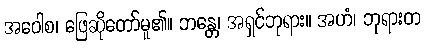
အဝေါစ၊ ဖြေဆိုတော်မူ၏။ ဘန္တေ၊ အရှင်ဘုရား။ အဟံ၊ ဘုရားတ